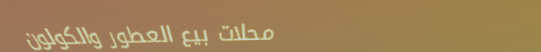
محلات بيع العطور والكولون